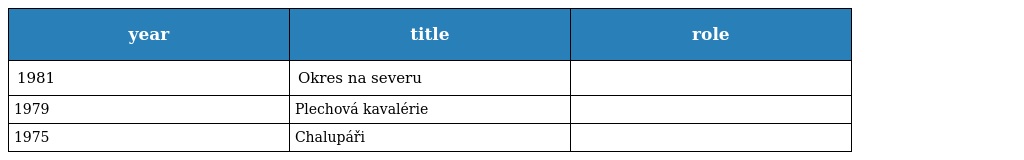
| year | title | role |
 | --- | --- | --- |
 | 1981 | Okres na severu |  |
 | 1979 | Plechová kavalérie |  |
 | 1975 | Chalupáři |  |